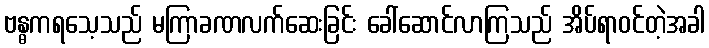
ဗန္ဓကရသေ့သည် မကြာခဏလက်ဆေးခြင်း ခေါ်ဆောင်လာကြသည် အိပ်ရာဝင်တဲ့အခါ